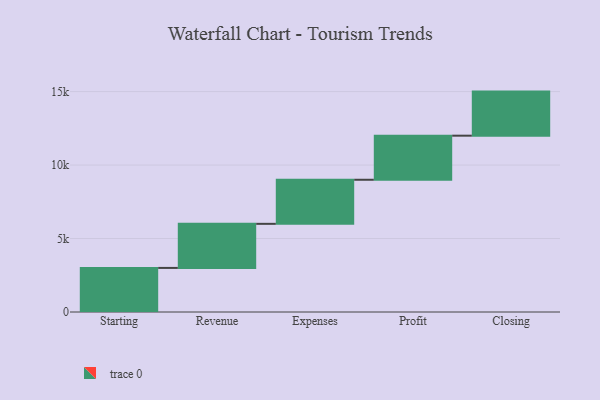
{"axis": {"x": "Step", "y": "Value"}, "legend": [""], "data": [{"x": "Starting", "y": 3000, "type": ""}, {"x": "Revenue", "y": 3000, "type": ""}, {"x": "Expenses", "y": 3000, "type": ""}, {"x": "Profit", "y": 3000, "type": ""}, {"x": "Closing", "y": 3000, "type": ""}]}